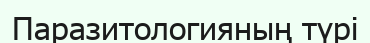
Паразитологияның түрі